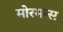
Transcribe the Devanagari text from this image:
मोरमन्स